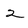
Character: 2